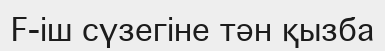
F-іш сүзегіне тән қызба